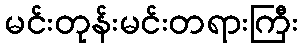
မင်းတုန်းမင်းတရားကြီး